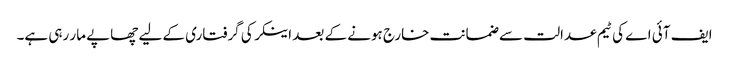
ایف آئی اے کی ٹیم عدالت سے ضمانت خارج ہونے کے بعد اینکر کی گرفتاری کے لیے چھاپے مار رہی ہے۔